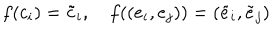
f ( c _ { i } ) = \tilde { c } _ { i } , \quad f ( ( e _ { i } , e _ { j } ) ) = ( \tilde { e } _ { i } , \tilde { e } _ { j } )